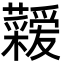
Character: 𮓇